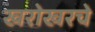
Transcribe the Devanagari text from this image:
खरोखरचे